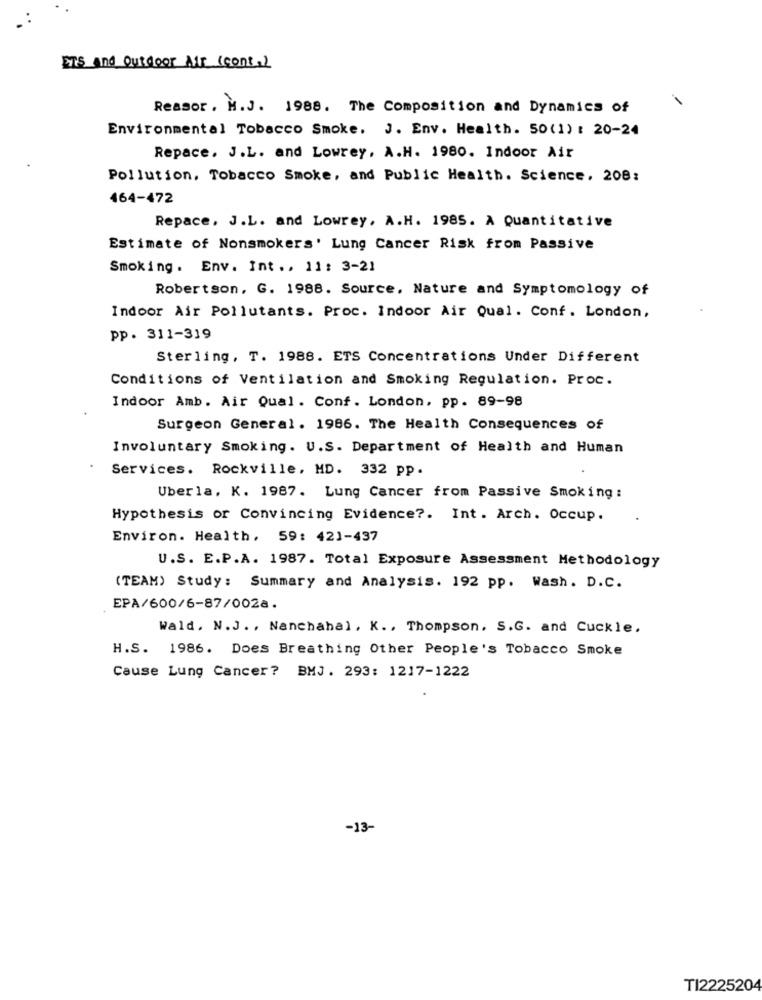
ETS and Outdoor Mir (cont.)
Reasor. M.J. 1988. The Composition and Dynamics of
Environmental Tobacco Smoke. J. Env. Health. 50(1) : 20-24
Repace. J.L. and Lowrey, A.H. 1980. Indoor Air
Pollution, Tobacco Smoke, and Public Health. Science, 208:
464-472
Repace, J.L. and Lowrey, A.H. 1985. A Quantitative
Estimate of Nonsmokers' Lung Cancer Risk from Passive
Smoking. Env. Int .. 11: 3-21
Robertson, G. 1988. Source, Nature and Symptomology of
Indoor Air Pollutants. Proc. Indoor Air Qual. Conf. London,
pp. 311-319
Sterling, T. 1988. ETS Concentrations Under Different
Conditions of Ventilation and Smoking Regulation. Proc.
Indoor Amb. Air Qual. Conf. London, pp. 89-98
Surgeon General. 1986. The Health Consequences of
Involuntary Smoking. U.S. Department of Health and Human
Services. Rockville, MD. 332 pp.
Uberla. K. 1987. Lung Cancer from Passive Smoking :
Hypothesis or Convincing Evidence ?. Int. Arch. Occup.
Environ. Health, 59: 421-437
U.S. E.P.A. 1987. Total Exposure Assessment Methodology
(TEAM) Study: Summary and Analysis. 192 pp. Wash. D.C.
EPA/600/6-87/0028.
Wald. N.J. , Nanchahal, K ., Thompson. S.G. and Cuckle.
H.S. 1986. Does Breathing Other People's Tobacco Smoke
Cause Lung Cancer? BMJ. 293: 1217-1222
-13-
TI2225204